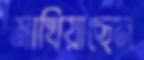
মাখিয়াছেন